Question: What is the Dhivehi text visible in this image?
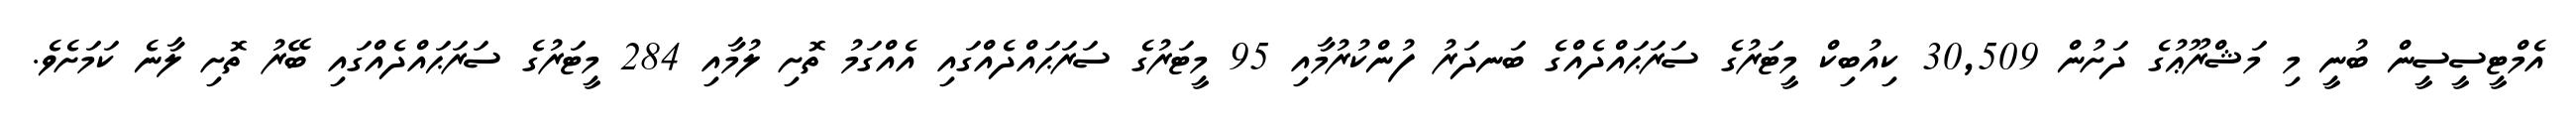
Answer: އެމްޓީސީސީން ބުނީ މި މަޝްރޫޢުގެ ދަށުން 30,509 ކިއުބިކް މީޓަރުގެ ސަރަޙައްދެއްގެ ބަނދަރު ފުންކުރުމާއި 95 މީޓަރުގެ ސަރަޙައްދެއްގައި އެއްގަމު ތޮށި ލުމާއި 284 މީޓަރުގެ ސަރަޙައްދެއްގައި ބޭރު ތޮށި ލާނެ ކަމަށެވެ.